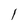
Character: 1